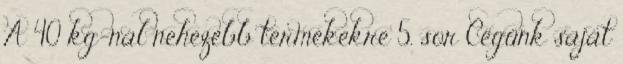
A 40 kg-nál nehezebb termékekre 5. sor Cégünk saját